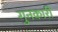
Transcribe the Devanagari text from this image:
गुनकारी